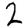
Digit: 2